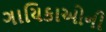
ગાયિકાઓની